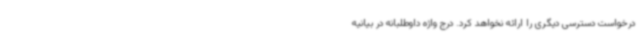
درخواست دسترسی دیگری را ارائه نخواهد کرد. درج واژه داوطلبانه در بیانیه